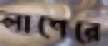
লাশেরে